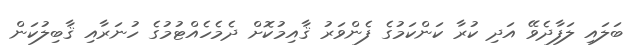
ބަލައި ލަފާދެވޭ އަދި ކުރާ ކަންކަމުގެ ފެންވަރު ޤާއިމުކޮށް ދެމެހެއްޓުމުގެ ހުނަރާއި ޤާބިލުކަން